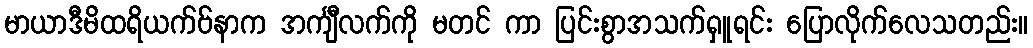
မာယာဒီမိထရိယက်ဗ်နာက အင်္ကျီလက်ကို မတင် ကာ ပြင်းစွာအသက်ရှူရင်း ပြောလိုက်လေသတည်း။